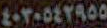
٤٠٢٠٥٤٢٩٥٥